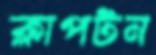
ক্লাপটন